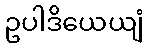
ဥပါဒိယေယျံ